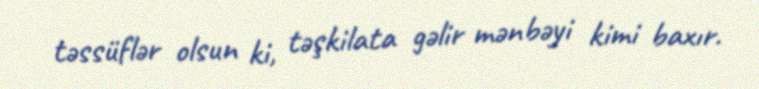
təssüflər olsun ki, təşkilata gəlir mənbəyi kimi baxır.